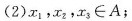
(2)λ_{1}，λ_{2}，λ_{3} \in A；